Vaccination in Bombay 1889-1901 - 1889-1901
Year: 1889
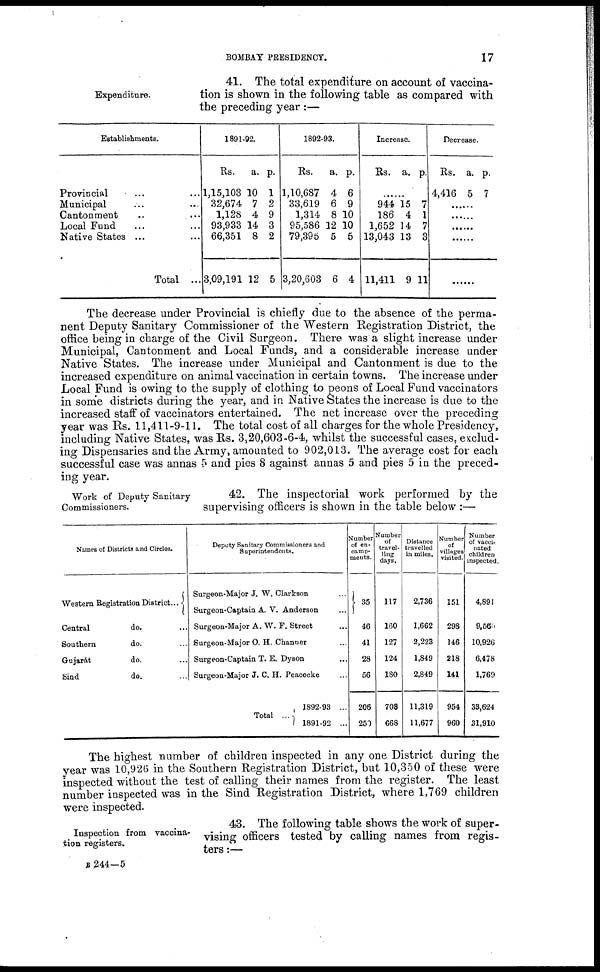
BOMBAY PRESIDENCY.
17
Expenditure.
41. The total expenditure on account of vaccina-
tion is shown in the following table as compared with
the preceding year :—
Establishments.
Provincial ... ...
Municipal ... ...
Cantonment ... ...
Local Fund ... ...
Native States ... ...
Total ...
1891-92.
Rs.
1,15,103
32,674
1,128
93,933
66,351
3,09,191
a.
10
7
4
14
8
12
p.
1
2
9
3
2
5
1892-93.
Rs.
1,10,687
33,619
1,314
95,586
79,395
3,20,603
a.
4
6
8
12
5
6
p.
6
9
10
10
5
4
Increase.
Rs.
a. p.
......
944
186
1,652
13,043
11,411
15
4
14
13
9
7
1
7
3
11
Decrease.
Rs.
4,416
a.
5
p.
7
......
......
......
......
......
The decrease under Provincial is chiefly due to the absence of the perma-
nent Deputy Sanitary Commissioner of the Western Registration District, the
office being in charge of the Civil Surgeon. There was a slight increase under
Municipal, Cantonment and Local Funds, and a considerable increase under
Native States. The increase under Municipal and Cantonment is due to the
increased expenditure on animal vaccination in certain towns. The increase under
Local Fund is owing to the supply of clothing to peons of Local Fund vaccinators
in some districts during the year, and in Native States the increase is due to the
increased staff of vaccinators entertained. The net increase over the preceding
year was Rs. 11,411-9-11. The total cost of all charges for the whole Presidency,
including Native States, was Rs. 3,20,603-6-4, whilst the successful cases, exclud-
ing Dispensaries and the Army, amounted to 902,013. The average cost for each
successful case was annas 5 and pies 8 against annas 5 and pies 5 in the preced-
ing year.
Work of Deputy Sanitary
Commissioners.
42. The inspectorial work performed by the
supervising officers is shown in the table below :—
Names of Districts and Circles.
Western Registration District...
Central
do. ...
Southern
do. ...
Gujarát
do. ...
Sind
do. ...
Deputy Sanitary Commissioners and
Superintendents.
Surgeon-Major J. W. Clarkson ...
Surgeon-Captain A. V. Anderson ...
Surgeon-Major A. W. F. Street ...
Surgeon-Major O. H. Channer ...
Surgeon-Captain T. E. Dyson ...
Surgeon-Major J. C.H. Peacocke ...
Total ...
1892-93 ...
1891-92 ...
Number
of en-
camp-
ments.
35
46
41
28
56
206
250
Number
of
travel-
ling
days.
117
160
127
124
180
708
668
Distance
travelled
in miles.
2,736
1,662
2,223
1,849
2,849
11,319
11,677
Number
of
villages
visited.
151
298
146
218
141
954
960
Number
of vacci-
nated
children
inspected.
4,891
9,560
10,926
6,478
1,769
33,624
31,910
The highest number of children inspected in any one District during the
year was 10,926 in the Southern Registration District, but 10,350 of these were
inspected without the test of calling their names from the register. The least
number inspected was in the Sind Registration District, where 1,769 children
were inspected.
Inspection from vaccina-
tion registers.
43. The following table shows the work of super-
vising officers tested by calling names from regis-
ters :—
B 244-5